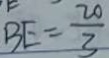
B E = \frac { 2 0 } { 3 }